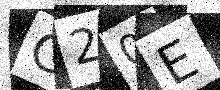
Text: C20E